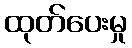
ထုတ်ပေးမှု